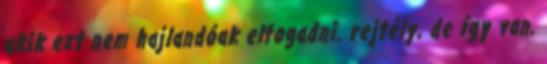
akik ezt nem hajlandóak elfogadni. rejtély, de így van.